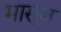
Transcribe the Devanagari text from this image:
मासूब